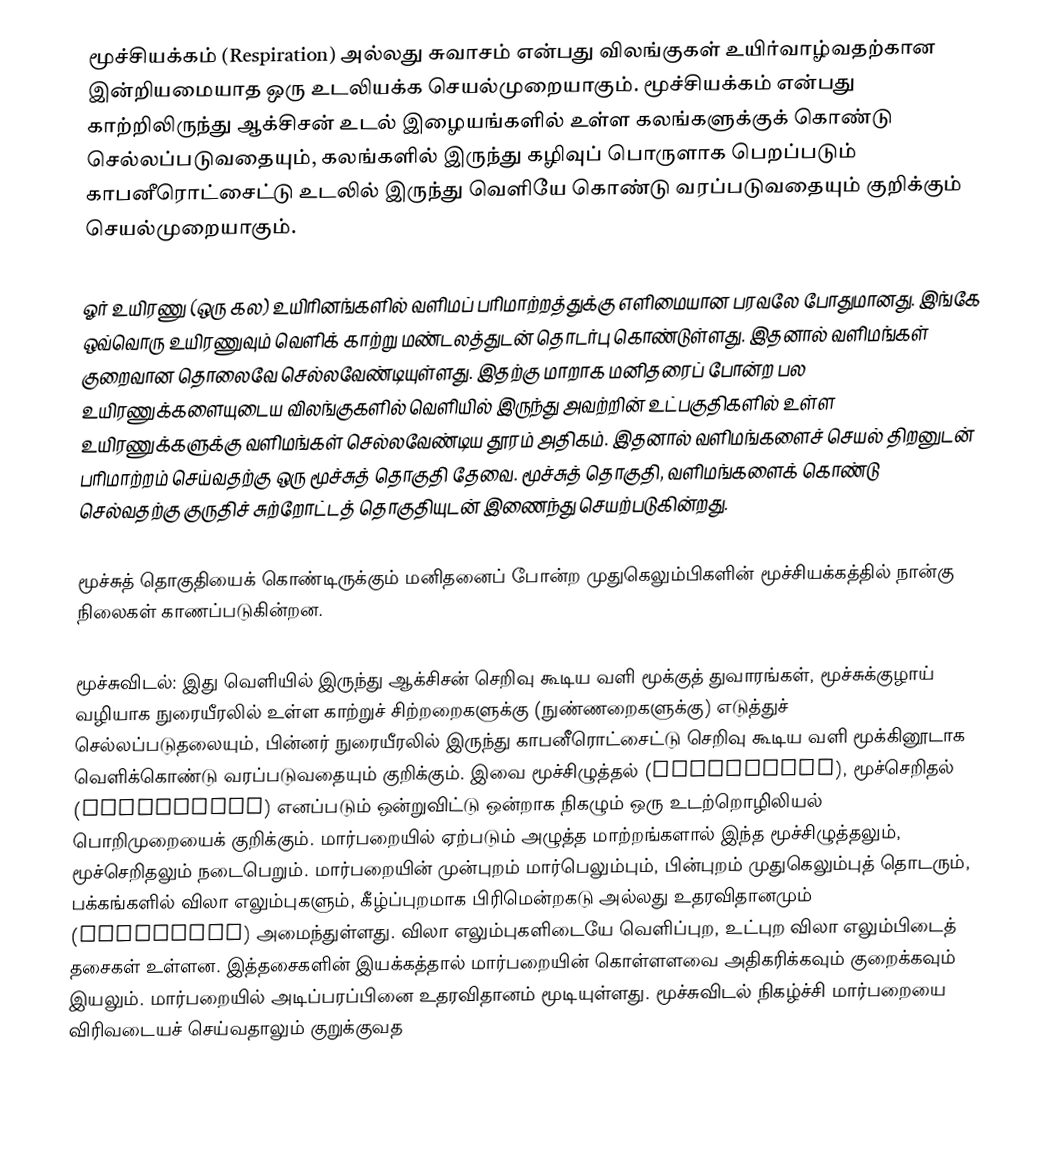
மூச்சியக்கம் (Respiration) அல்லது சுவாசம் என்பது விலங்குகள் உயிர்வாழ்வதற்கான இன்றியமையாத ஒரு உடலியக்க செயல்முறையாகும். மூச்சியக்கம் என்பது  காற்றிலிருந்து ஆக்சிசன் உடல் இழையங்களில் உள்ள கலங்களுக்குக் கொண்டு செல்லப்படுவதையும், கலங்களில் இருந்து கழிவுப் பொருளாக பெறப்படும் காபனீரொட்சைட்டு உடலில் இருந்து வெளியே கொண்டு வரப்படுவதையும் குறிக்கும் செயல்முறையாகும்.

ஓர் உயிரணு (ஒரு கல) உயிரினங்களில் வளிமப் பரிமாற்றத்துக்கு எளிமையான பரவலே போதுமானது. இங்கே ஒவ்வொரு உயிரணுவும் வெளிக் காற்று மண்டலத்துடன் தொடர்பு கொண்டுள்ளது. இதனால் வளிமங்கள் குறைவான தொலைவே செல்லவேண்டியுள்ளது. இதற்கு மாறாக மனிதரைப் போன்ற பல உயிரணுக்களையுடைய விலங்குகளில் வெளியில் இருந்து அவற்றின் உட்பகுதிகளில் உள்ள உயிரணுக்களுக்கு வளிமங்கள் செல்லவேண்டிய தூரம் அதிகம். இதனால் வளிமங்களைச் செயல் திறனுடன் பரிமாற்றம் செய்வதற்கு ஒரு மூச்சுத் தொகுதி தேவை. மூச்சுத் தொகுதி, வளிமங்களைக் கொண்டு செல்வதற்கு குருதிச் சுற்றோட்டத் தொகுதியுடன் இணைந்து செயற்படுகின்றது.

மூச்சுத் தொகுதியைக் கொண்டிருக்கும் மனிதனைப் போன்ற முதுகெலும்பிகளின் மூச்சியக்கத்தில் நான்கு நிலைகள் காணப்படுகின்றன.

 மூச்சுவிடல்: இது வெளியில் இருந்து ஆக்சிசன் செறிவு கூடிய வளி மூக்குத் துவாரங்கள், மூச்சுக்குழாய் வழியாக நுரையீரலில் உள்ள காற்றுச் சிற்றறைகளுக்கு (நுண்ணறைகளுக்கு) எடுத்துச் செல்லப்படுதலையும், பின்னர் நுரையீரலில் இருந்து காபனீரொட்சைட்டு செறிவு கூடிய வளி மூக்கினூடாக வெளிக்கொண்டு வரப்படுவதையும் குறிக்கும். இவை மூச்சிழுத்தல் (inhalation), மூச்செறிதல் (exhalation) எனப்படும் ஒன்றுவிட்டு ஒன்றாக நிகழும் ஒரு உடற்றொழிலியல் பொறிமுறையைக் குறிக்கும். மார்பறையில் ஏற்படும் அழுத்த மாற்றங்களால் இந்த மூச்சிழுத்தலும், மூச்செறிதலும் நடைபெறும். மார்பறையின் முன்புறம் மார்பெலும்பும், பின்புறம் முதுகெலும்புத் தொடரும், பக்கங்களில் விலா எலும்புகளும், கீழ்ப்புறமாக பிரிமென்றகடு அல்லது உதரவிதானமும் (diaphragm) அமைந்துள்ளது. விலா எலும்புகளிடையே வெளிப்புற, உட்புற விலா எலும்பிடைத் தசைகள் உள்ளன. இத்தசைகளின் இயக்கத்தால் மார்பறையின் கொள்ளளவை அதிகரிக்கவும் குறைக்கவும் இயலும். மார்பறையில் அடிப்பரப்பினை உதரவிதானம் மூடியுள்ளது. மூச்சுவிடல் நிகழ்ச்சி மார்பறையை விரிவடையச் செய்வதாலும் குறுக்குவத